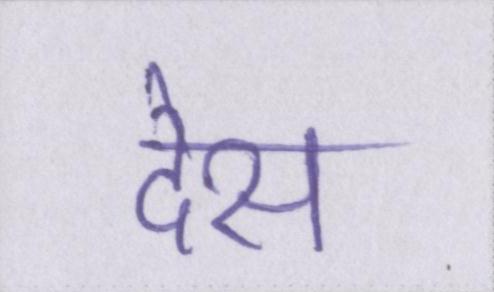
देस